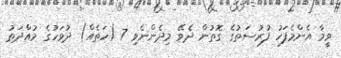
ވީމާ އެންމެފަހު ފުރުސަތުގެ ގޮތުން ދެވޭ މިދެންނެވި 7 (ހަތެއް) ދުވަހުގެ މުއްދަތު